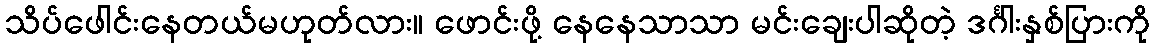
သိပ်ဖေါင်းနေတယ်မဟုတ်လား။ ဖောင်းဖို့ နေနေသာသာ မင်းချေးပါဆိုတဲ့ ဒင်္ဂါးနှစ်ပြားကို